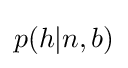
p(h|n,b)